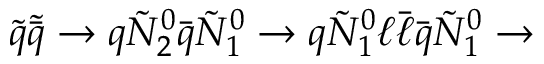
{ \tilde { q } } { \tilde { \bar { q } } } \rightarrow q { \tilde { N } } _ { 2 } ^ { 0 } { \bar { q } } { \tilde { N } } _ { 1 } ^ { 0 } \rightarrow q { \tilde { N } } _ { 1 } ^ { 0 } \ell { \bar { \ell } } { \bar { q } } { \tilde { N } } _ { 1 } ^ { 0 } \rightarrow